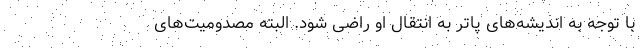
با توجه به اندیشه‌های پاتر به انتقال او راضی شود. البته مصدومیت‌های